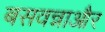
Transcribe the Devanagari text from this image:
बसवन्नाऔर